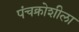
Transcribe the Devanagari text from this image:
पंचक्रोशीला